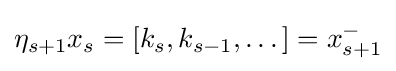
\eta _{s+1}x_{s}=\left[k_{s},k_{s-1},\dots \right]=x_{s+1}^{-}